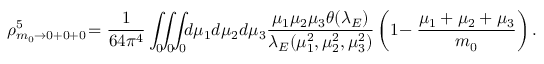
\rho _ { m _ { 0 } \rightarrow 0 + 0 + 0 } ^ { 5 } \! = \frac { 1 } { 6 4 \pi ^ { 4 } } \int _ { 0 } \! \! \int _ { 0 } \! \! \int _ { 0 } \! \! d \mu _ { 1 } d \mu _ { 2 } d \mu _ { 3 } \frac { \mu _ { 1 } \mu _ { 2 } \mu _ { 3 } \theta ( \lambda _ { E } ) } { \lambda _ { E } ( \mu _ { 1 } ^ { 2 } , \mu _ { 2 } ^ { 2 } , \mu _ { 3 } ^ { 2 } ) } \left( 1 \! - \frac { \mu _ { 1 } + \mu _ { 2 } + \mu _ { 3 } } { m _ { 0 } } \right) .